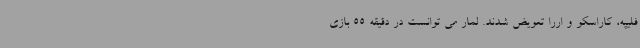
فلیپه، کاراسکو و اررا تعویض شدند. لمار می توانست در دقیقه 55 بازی